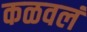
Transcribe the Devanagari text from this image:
कळवलं